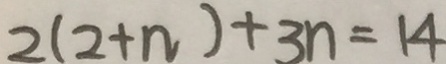
2 ( 2 + n ) + 3 n = 1 4